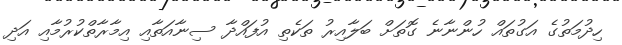
ހިދުމަތުގެ އަގުތައް ހުންނާނެ ގޮތަށް ބަލާއިރު ތަކެތި އުފައްދާ ސިނާއަތާއި އިމާރާތްކުރުމާއި އަދި